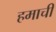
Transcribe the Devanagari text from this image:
हमाची